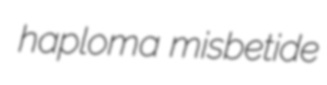
haploma misbetide